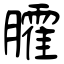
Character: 臛